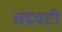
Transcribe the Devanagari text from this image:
चंद्रवटी